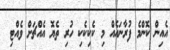
އެއިން ކޮންމެ ފުރާނައެއް މި ކެކިކެކި ހުރި ތެޔޮ އެއްޗަށް ވެއްޓި